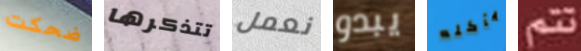
ضحكت تتذكرها نعمل يبدو يأكله تتم